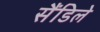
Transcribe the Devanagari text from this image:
सैंडिले